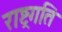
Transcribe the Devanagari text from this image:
राष्ट्रगति